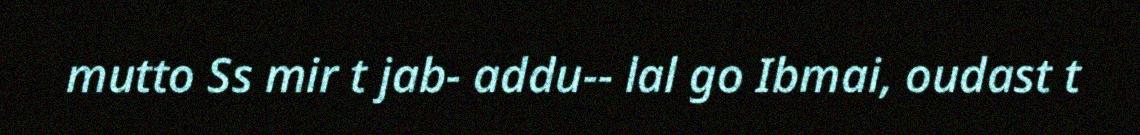
mutto Ss mir t jab- addu-- lal go Ibmai, oudast t